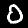
Digit: 0